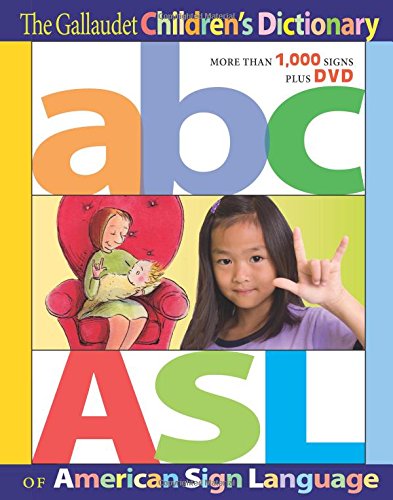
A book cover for The Gallaudet ChildrenEEs Dictionary of American Sign Language; Editors of Gallaudet University Press  The; Reference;